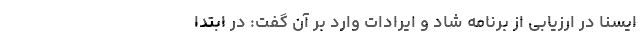
ایسنا در ارزیابی از برنامه شاد و ایرادات وارد بر آن گفت: در ابتدا